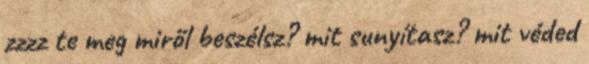
zzzz te meg miről beszélsz? mit sunyítasz? mit véded